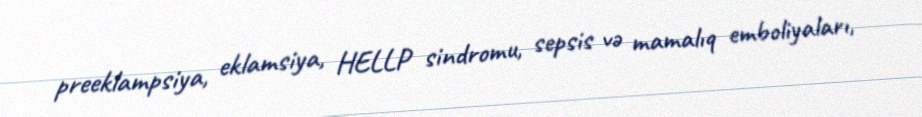
preeklampsiya, eklamsiya, HELLP sindromu, sepsis və mamalıq emboliyaları,